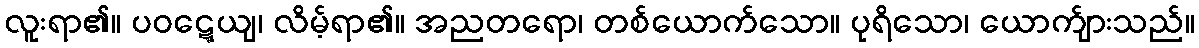
လူးရာ၏။ ပဝဋ္ဋေယျ၊ လိမ့်ရာ၏။ အညတရော၊ တစ်ယောက်သော။ ပုရိသော၊ ယောက်ျားသည်။